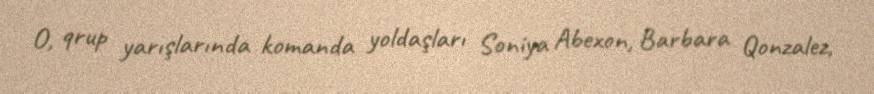
O, qrup yarışlarında komanda yoldaşları Soniya Abexon, Barbara Qonzalez,